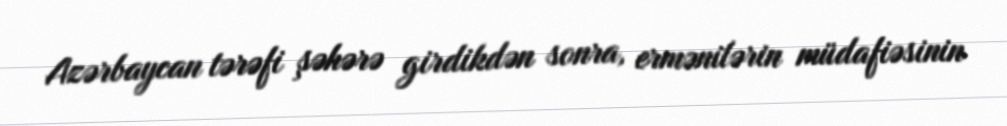
Azərbaycan tərəfi şəhərə girdikdən sonra, ermənilərin müdafiəsinin